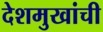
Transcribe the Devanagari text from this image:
देशमुखांची